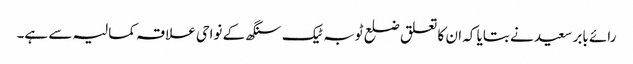
رائے بابر سعید نے بتایا کہ ان کا تعلق ضلع ٹوبہ ٹیک سنگھ کے نواحی علاقہ کمالیہ سے ہے۔